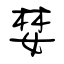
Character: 婪